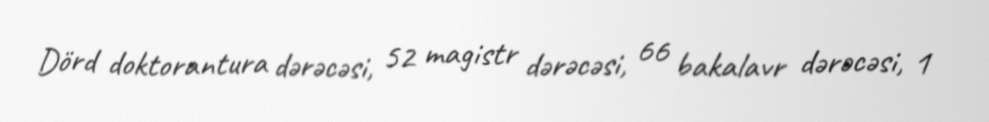
Dörd doktorantura dərəcəsi, 52 magistr dərəcəsi, 66 bakalavr dərəcəsi, 1